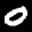
Label: 0